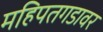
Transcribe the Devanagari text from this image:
महिपतगडावर